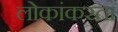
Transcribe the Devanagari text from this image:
लोकांकरता